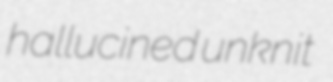
hallucined unknit